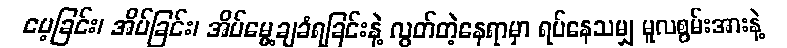
မေ့ခြင်း၊ အိပ်ခြင်း၊ အိပ်မွေ့ချခံရခြင်းနဲ့ လွတ်တဲ့နေရာမှာ ရပ်နေသမျှ မူလစွမ်းအားနဲ့